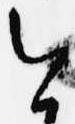
今